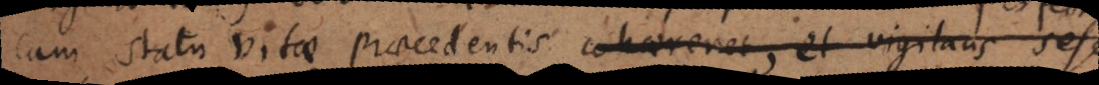
cum statu vitae praecedentis cohaereret, et vigilans sese